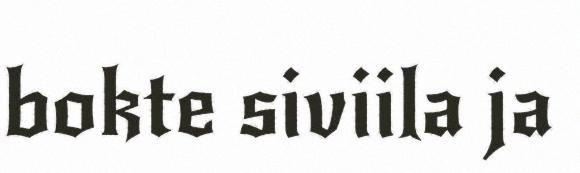
bokte siviila ja